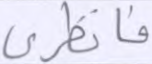
فانظري